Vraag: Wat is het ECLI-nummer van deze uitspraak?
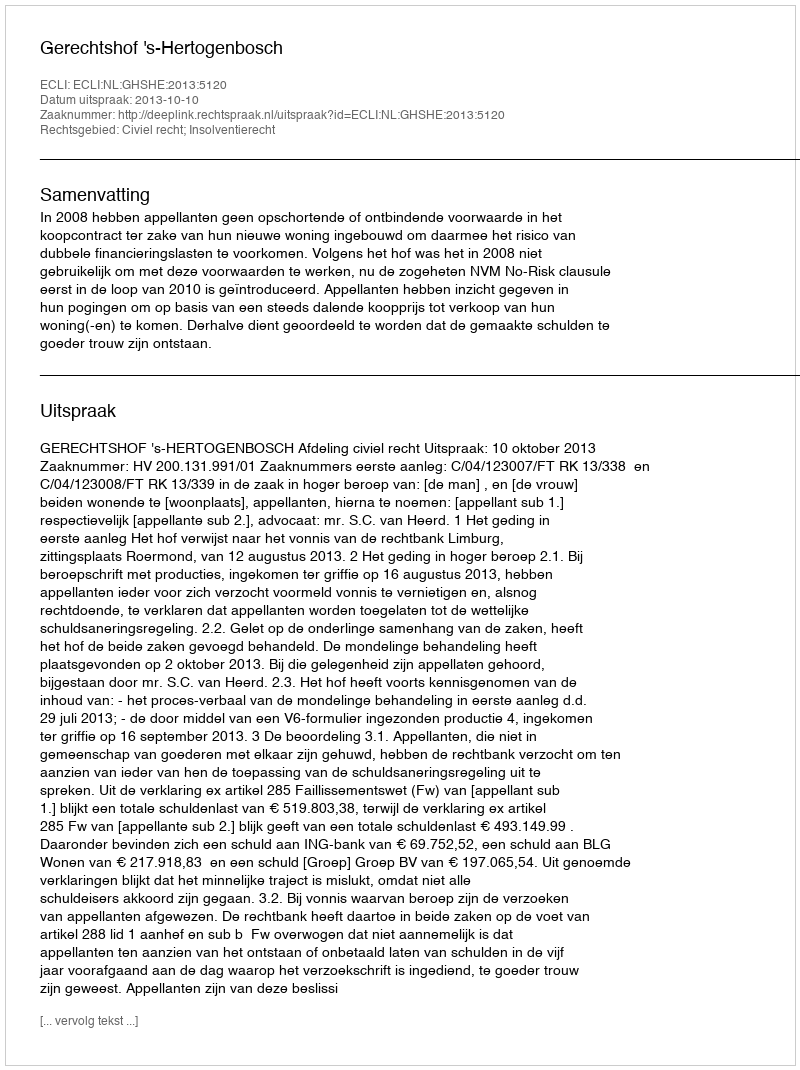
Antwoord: ECLI:NL:GHSHE:2013:5120